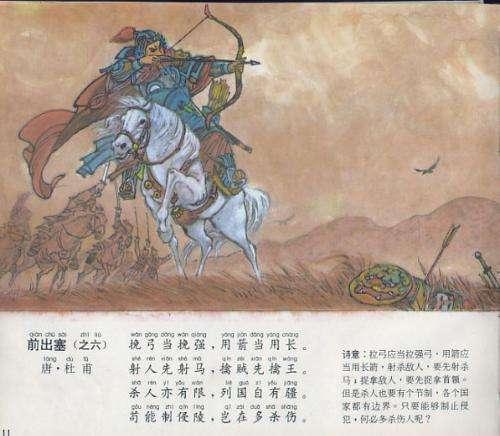
射人先射马，擒贼先擒王。